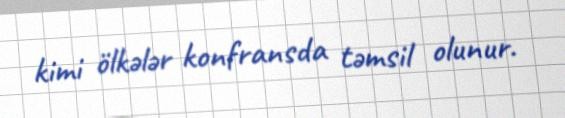
kimi ölkələr konfransda təmsil olunur.